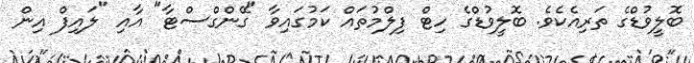
ބޮލީވުޑްގެ ތަރިއެކެވެ. ބޮލީވުޑްގެ ހިޓް ފިލްމުތައް ކަމުގައިވާ "ގޭންގްސްޓާ" އާއި "ލައިފް އިން